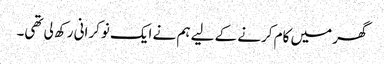
گھر میں کام کرنے کے لیے ہم نے ایک نوکرانی رکھ لی تھی۔